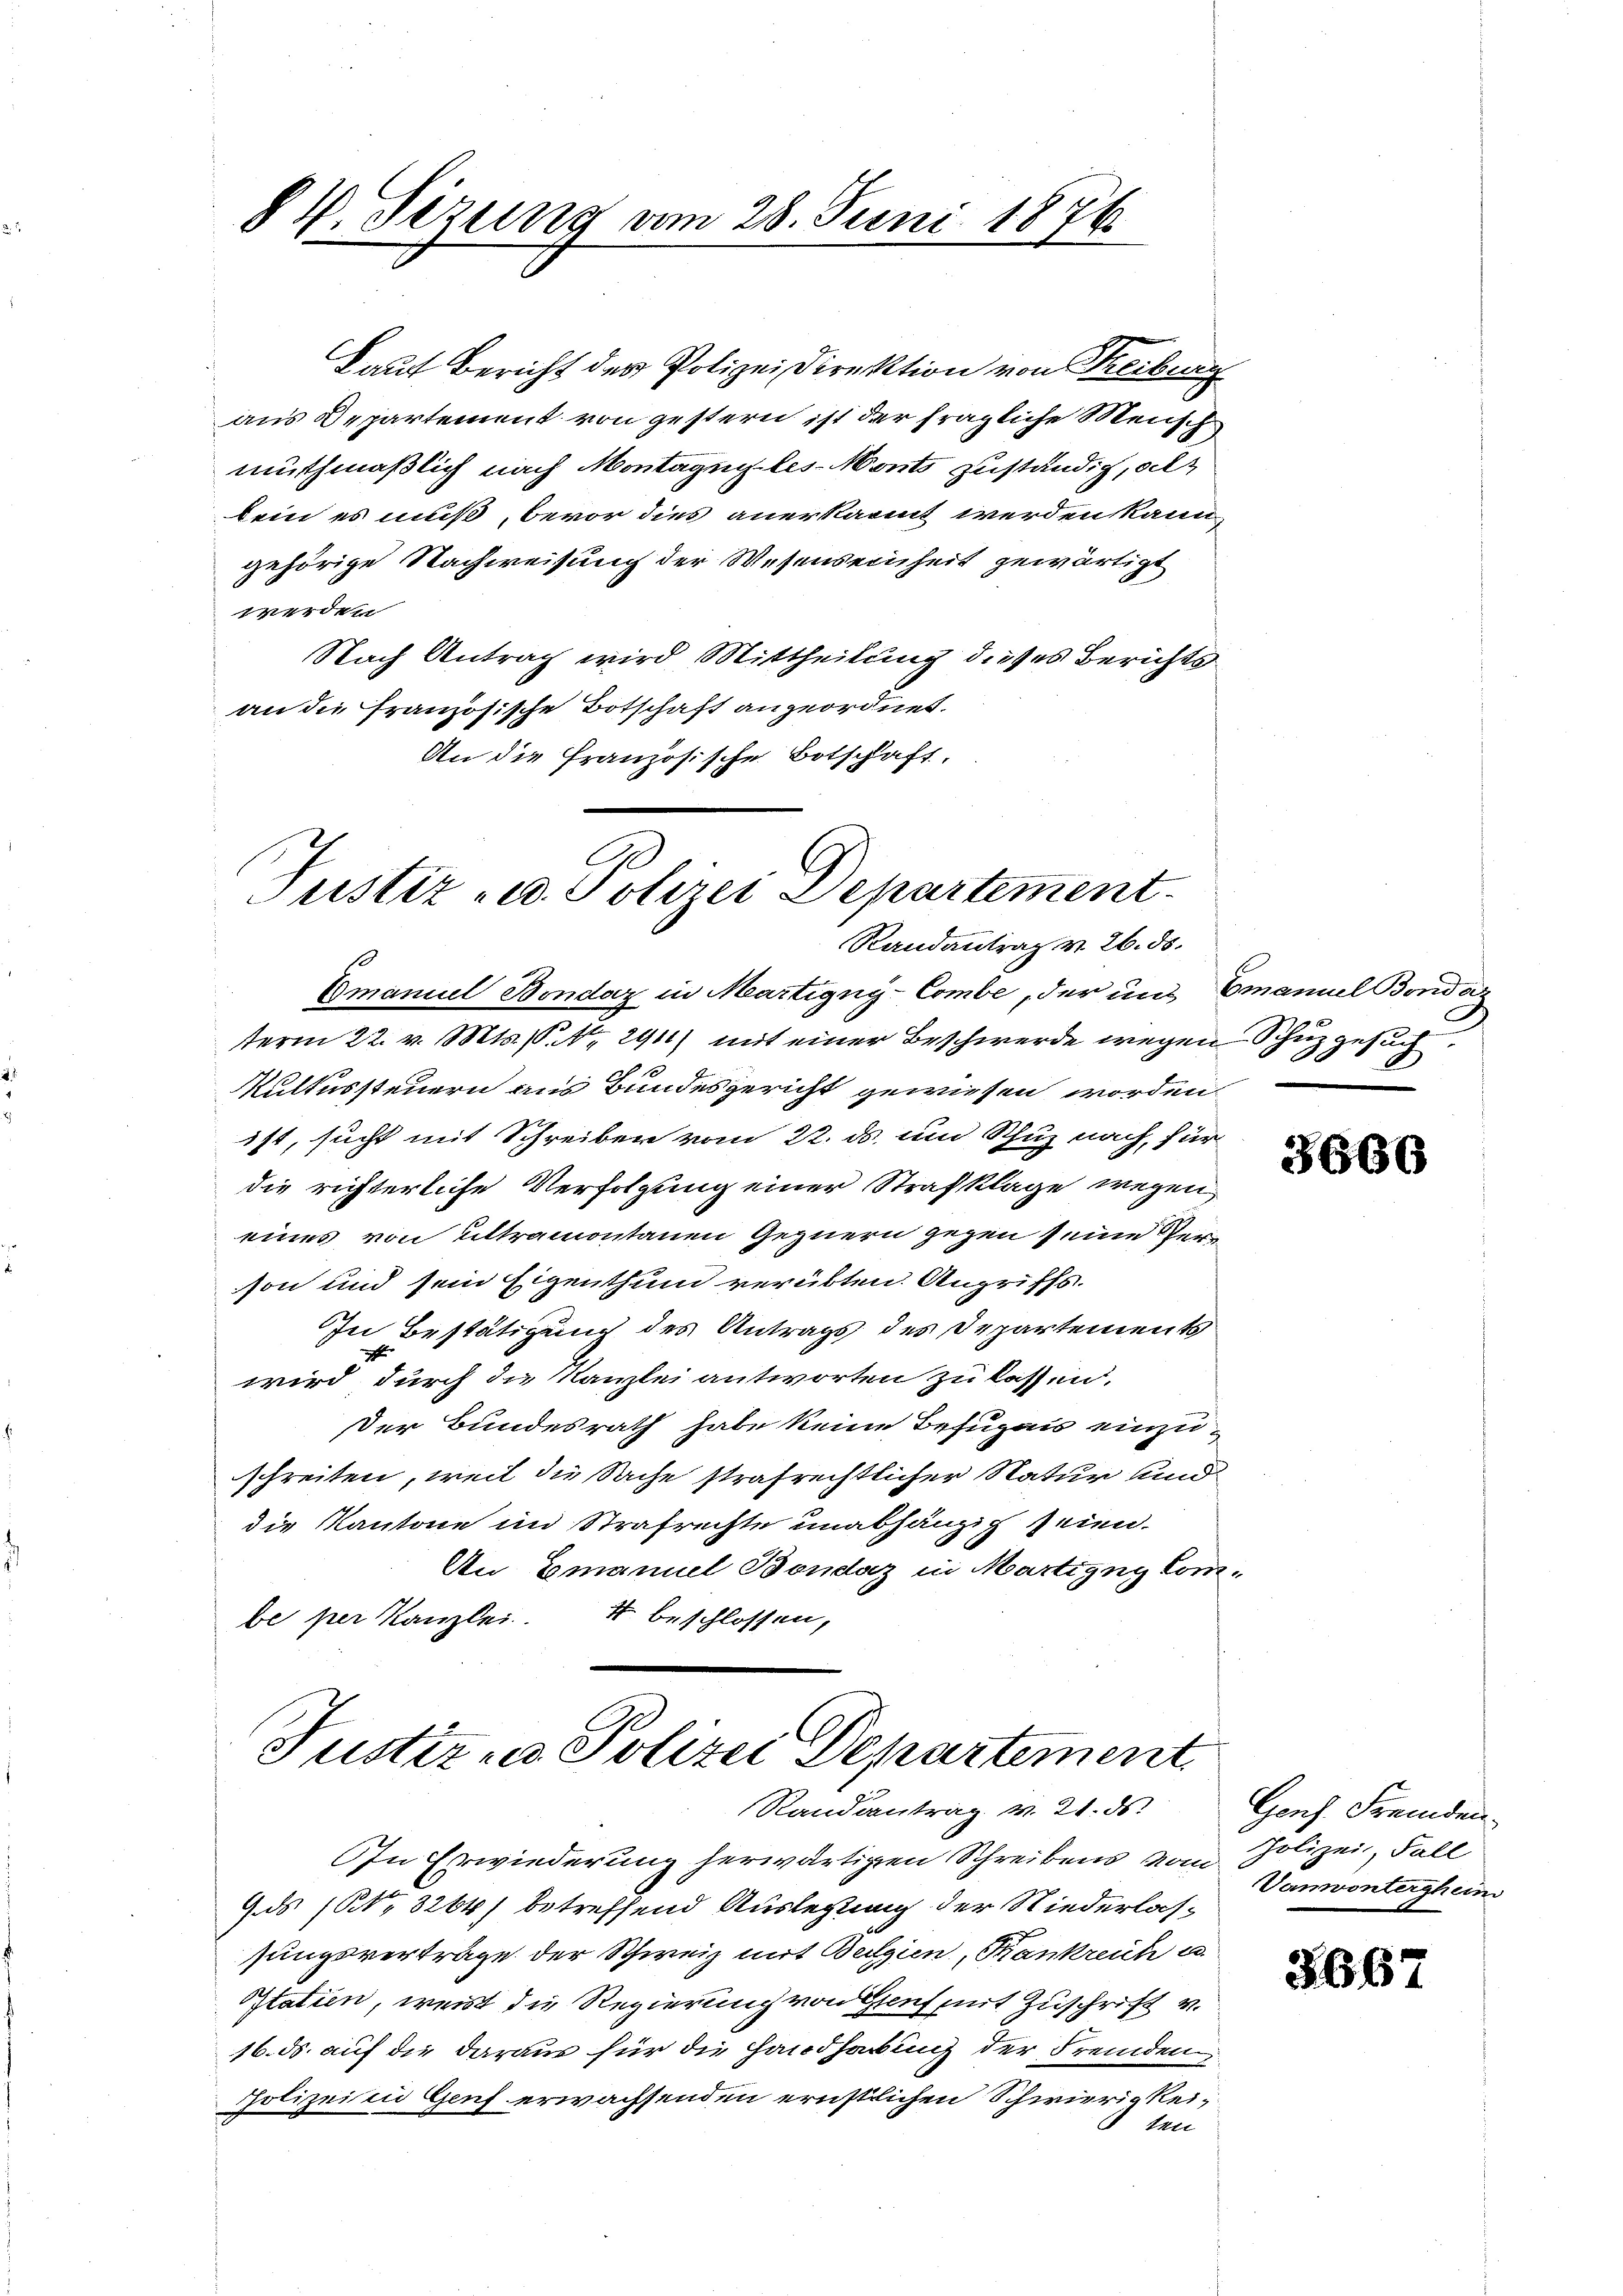
Laut Bericht der Polizei Direktion von Treiburg
aus Departement von gestern ist der fragliche Mensch
muthmaßlich nach Montagen les-Monts zuständig, als
kein es muß, bevor dies anerkannt werden kann,
gehörige Nachweisung der Wesenseinheit gewärtigt
werden
Nach Antrag wird Mittheilung dieses Berichtsan die französische Botschaft angeordnet.
An die Französische Botschaft,

8 V. Sezung vom 28. Juni 1876

Justiz- u. Polizei Departement
Randantrag v. 26. ds.

Gmanuel Bondaz in Martigny-Combe, der und Emanuel Bondaz
term 22. v. Mts. P. Nr. 291) mit einer Beschwerde wegen Schuzgesuch
Multussteuern aus Bundesgericht gewiesen worden.
ist, sucht mit Schreiben vom 22. ds. und Schuz nach, für
die richterliche Verfolgung einer Strafklage wegen
eines von ultramontanen Gegnern gegen seine Verson und sein Eigenthum verübten. Angriffs.
In Bestätigung des Antrags des Departements
wird durch die Kanzlei antworten zu lassen.
Der Bundesrath habe keine Besuzaus einzuschreiten, weil die Sache strafrechtlicher Natur und
die Kantone im Strafrechte unabhängig seien.
An Emanuel Bondaz in Martigny Com¬
4 beschlossen,
be per Kanzlei.

Justiz - Polizei Departement
Randantrag v. 21. ds.

In Erwiederung herwärtigen Schreibens vom Polizei, Fall
ds (NNo. 3264) betreffend Auslegung der Niederlassungsvertrage der Schweiz mit Belgien, Krankreich u.
Statien, weist die Regierung von Glauf mit Zuschrift v.
16. ds. auf die daraus für die Handhabung der Fremden
Polizei in Genf erwachsenden ernstlichen Schwierigkeiten

3660

Gons. Fremden
Vanwontergheim

3667